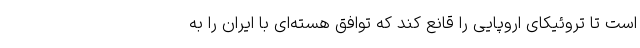
است تا تروئیکای اروپایی را قانع کند که توافق هسته‌ای با ایران را به